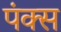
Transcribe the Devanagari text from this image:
पंक्स